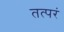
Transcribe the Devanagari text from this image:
तत्परं